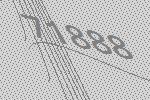
71888